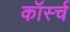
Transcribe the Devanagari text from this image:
कॉर्स्च